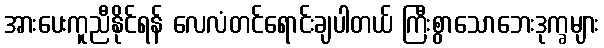
အားပေးကူညီနိုင်ရန် လေလံတင်ရောင်းချပါတယ် ကြီးစွာသောဘေးဒုက္ခများ